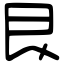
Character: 艮